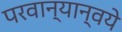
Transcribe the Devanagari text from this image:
परवान्यान्वये